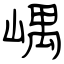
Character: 嵎